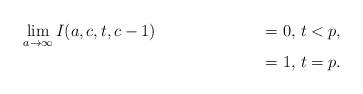
LaTeX: \begin{align*} &\lim_{a\rightarrow \infty}I(a,c,t,c-1) &= 0, & ~ t<p, \\ & &=1, & ~ t=p.\end{align*}